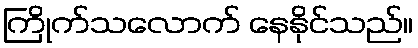
ကြိုက်သလောက် နေနိုင်သည်။